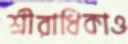
শ্রীরাধিকাও